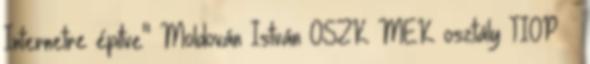
Internetre építve" Moldován István OSZK MEK osztály TIOP